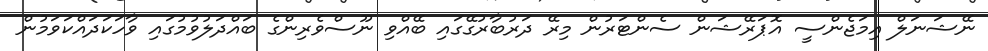
ނޭޝަނަލް އިމަޖެންސީ އޮޕަރޭޝަން ސެންޓަރުން މިރޭ ދަރުބާރުގޭގައި ބޭއްވި ނޫސްވެރިންގެ ބައްދަލުވުމުގައި ވާހަކަދައްކަވަމުން